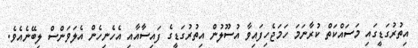
އިތުރުގަޑީގައި މަސައްކަތް ކުރާނަމަ ހަމަޖެހިފައިވާ އުސޫލުން އިތުރުގަޑީގެ ފައިސާއާއި އެހެނިހެން އެލަވަންސް ލިބޭނެއެވެ.